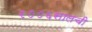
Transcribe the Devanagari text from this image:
२००६सालची